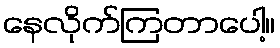
နေလိုက်ကြတာပေါ့။